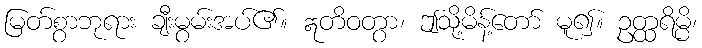
မြတ်စွာဘုရား ချီးမွမ်းအပ်၏။ ဣတိဝတွာ၊ ဤသို့မိန့်တော် မူ၍။ ဥတ္ထရိမ္ပိ၊